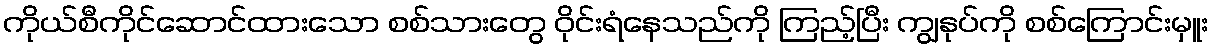
ကိုယ်စီကိုင်ဆောင်ထားသော စစ်သားတွေ ဝိုင်းရံနေသည်ကို ကြည့်ပြီး ကျွနုပ်ကို စစ်ကြောင်းမှူး